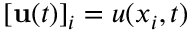
[ \mathbf { u } ( t ) ] _ { i } = u ( x _ { i } , t )